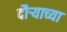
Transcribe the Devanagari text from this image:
दौऱ्याच्या